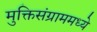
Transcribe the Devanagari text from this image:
मुक्तिसंग्राममध्ये